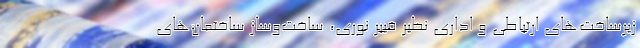
زيرساخت‌هاي ارتباطي و اداري نظير فيبر نوري، ساخت‌و‌ساز ساختمان‌هاي